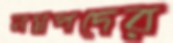
নগ্নপদের